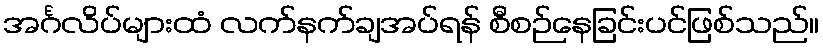
အင်္ဂလိပ်များထံ လက်နက်ချအပ်ရန် စီစဉ်နေခြင်းပင်ဖြစ်သည်။